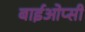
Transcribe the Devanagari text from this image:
बाईओप्सी